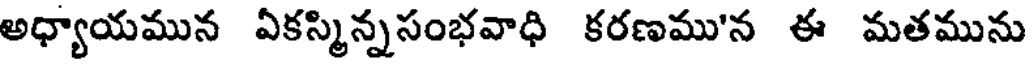
అధ్యాయమున ఏకస్మిన్నసంభవాధి కరణము'న ఈ మతమును